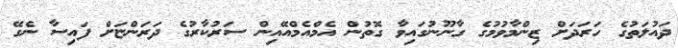
ދައުލަތުގެ ހަރަދަށް ޒިންމާވުމުގެ ގާނޫނުގައިވާ ގޮތުން އެމްއެމްއޭއިން ސަރުކާރުގެ ދަރަންޏަށް ފައިސާ ނެގޭ